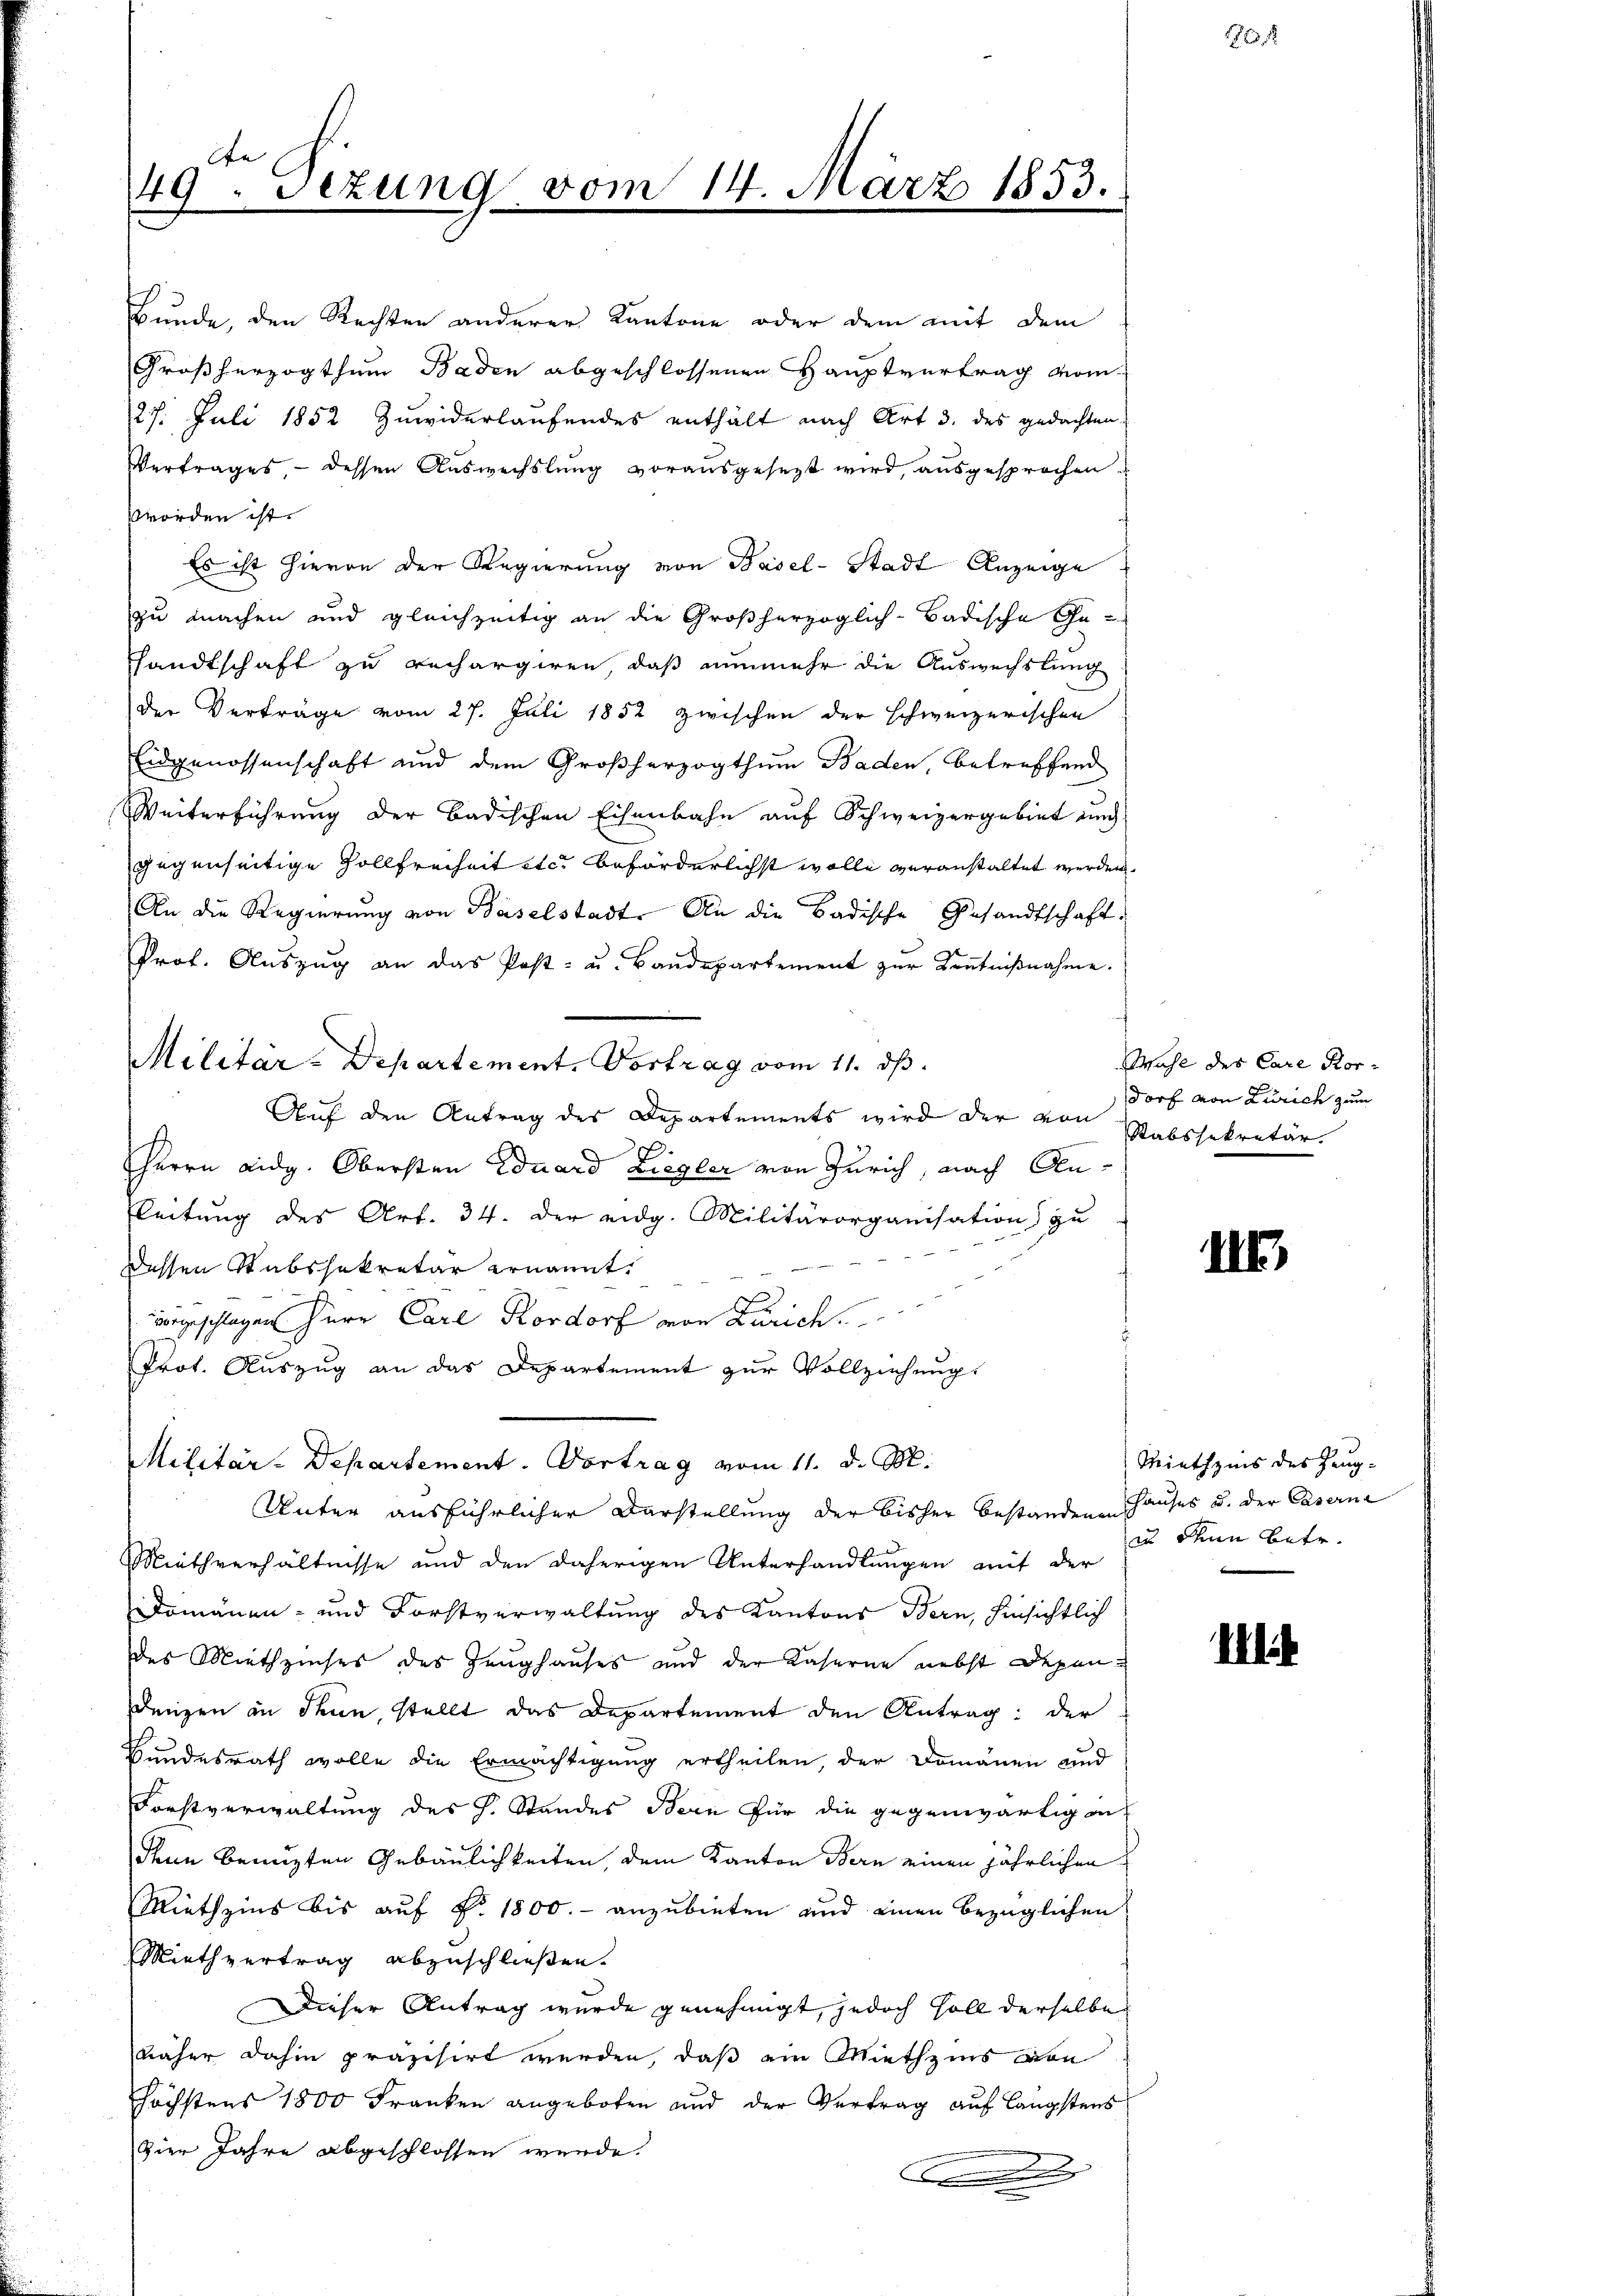
x
49. Sezung vom

Bunde, den Rechten anderer Kantone oder dem mit dem
Großherzogthum Baden abgeschlossenen Hauptvertrag vom
27. Juli 1852 Zuwiderlaufendes enthält nach Art 3. des gedachten
Vertrages - dessen Auswechslung vorausgesezt wird, ausgesprochen
worden ist.
Es ist hievon der Regierung von Basel-Stadt Anzeige
zu machen und gleichzeitig an die Großherzoglich-Badische Ge-
sandtschaft zu rechargiren, daß nunmehr die Auswechslung
der Verträge vom 27. Juli 1852 zwischen der schweizerischen
Eidgenossenschaft und dem Großherzogthum Baden, betreffend
Weiterführung der Badischen Eisenbahn auf Schweizergebiet und
gegenseitige Zollfreiheit ster beförderlichst wolle veranstaltet werden.
An die Regierung von Baselstadt. An die Badische Gesandtschaft
Prof. Aŭszŭg an das Post- u. Baŭdepartement zŭr Keṅtniβnahme.
Militär-Departement. Vortrag vom 11. ds.
Auf den Antrag des Departements wird der von
E
Herrn Eidg. Obersten Eduard Ziegler von Zürich, nach An-
leitung des Art. 34. Der eidg. Militärorganisation zu-
dessen Stabssekretär ernannt.
vorgeschlagen Herr Carl Rordorf von Zürich.
Prot. Auszug an das Departement zur Vollziehung
Militär-Departement. Vortrag vom 11. d. M.
Unter ausführlicher Darstellung der bisher bestanden Hauses u. der Caserne
Miethverhältnisse und den daherigen Unterhandlungen mit der
Domänen- und Forstverwaltung des Kantons Bern, hinsichtlich
des Miethzinses des Zeughauses und der Kaserne nebst Depen¬
Denzen in Thun, stellt das Departement den Antrag: der
Bundesrath wolle die Ermächtigung ertheilen, der Domänen und
Forstverwaltung des H. Standes Bern für die gegenwärtig in
denn benuzten Gebäulichkeiten, dem Kanton Bern einen jährlichen
Miethzins bis auf Nr. 1800.- anzubieten und einen bezüglichen
Miethvertrag abzuschließen.
Dieser Antrag wurde genehmigt, jedoch soll derselbe
näher dahin präzisirt werden, daß ein Miethzins von
höchstens 1800 Franken angeboten und der Vertrag auf längstens
zier Jahre abgeschlossen werde.

14. März 1853.

Wahl des Care Kor-
dorf von Zürich zum
Rabssekretär.

26

IIE

Miethzins des Zeugin den Betr.

i